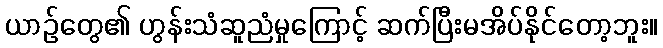
ယာဉ်တွေ၏ ဟွန်းသံဆူညံမှုကြောင့် ဆက်ပြီးမအိပ်နိုင်တော့ဘူး။